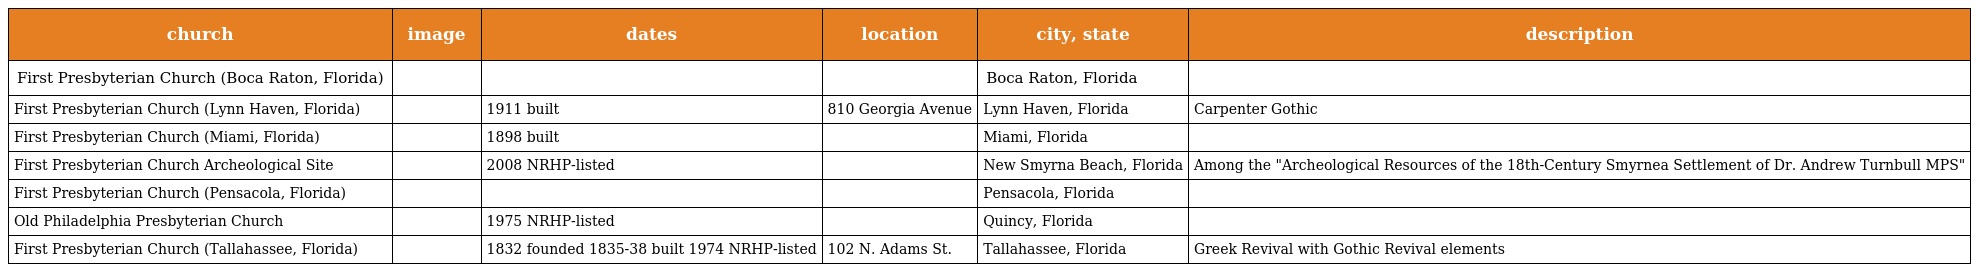
| church | image | dates | location | city, state | description |
 | --- | --- | --- | --- | --- | --- |
 | First Presbyterian Church (Boca Raton, Florida) |  |  |  | Boca Raton, Florida |  |
 | First Presbyterian Church (Lynn Haven, Florida) |  | 1911 built | 810 Georgia Avenue | Lynn Haven, Florida | Carpenter Gothic |
 | First Presbyterian Church (Miami, Florida) |  | 1898 built |  | Miami, Florida |  |
 | First Presbyterian Church Archeological Site |  | 2008 NRHP-listed |  | New Smyrna Beach, Florida | Among the "Archeological Resources of the 18th-Century Smyrnea Settlement of Dr. Andrew Turnbull MPS" |
 | First Presbyterian Church (Pensacola, Florida) |  |  |  | Pensacola, Florida |  |
 | Old Philadelphia Presbyterian Church |  | 1975 NRHP-listed |  | Quincy, Florida |  |
 | First Presbyterian Church (Tallahassee, Florida) |  | 1832 founded 1835-38 built 1974 NRHP-listed | 102 N. Adams St. | Tallahassee, Florida | Greek Revival with Gothic Revival elements |